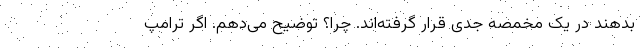
بدهند در یک مخمصه جدی قرار گرفته‌اند. چرا؟ توضیح می‌دهم. اگر ترامپ